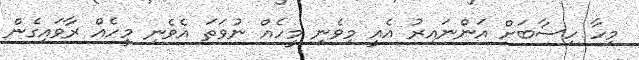
މިހާ ހިސާބަށް އަންނައިރު އެއީ މިވެނި މީހެއް ނުވަތަ އެވެނި މީހެއް ރާވައިގެން